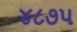
૪૮૭૫